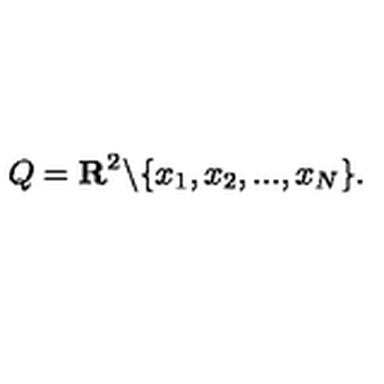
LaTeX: Q = { \bf R } ^ { 2 } \backslash \{ x _ { 1 } , x _ { 2 } , . . . , x _ { N } \} .